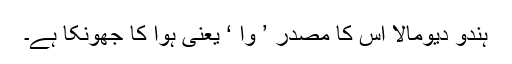
ہندو دیومالا اس کا مصدر ’ وا ‘ یعنی ہوا کا جھونکا ہے۔